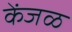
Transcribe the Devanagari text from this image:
केंजळ